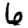
Digit: 6